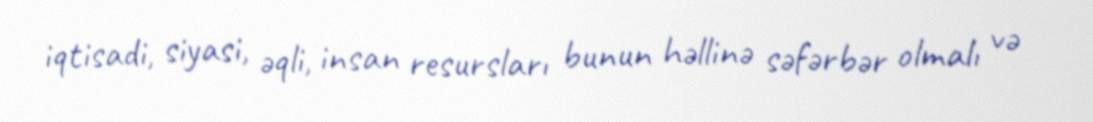
iqtisadi, siyasi, əqli, insan resursları bunun həllinə səfərbər olmalı və